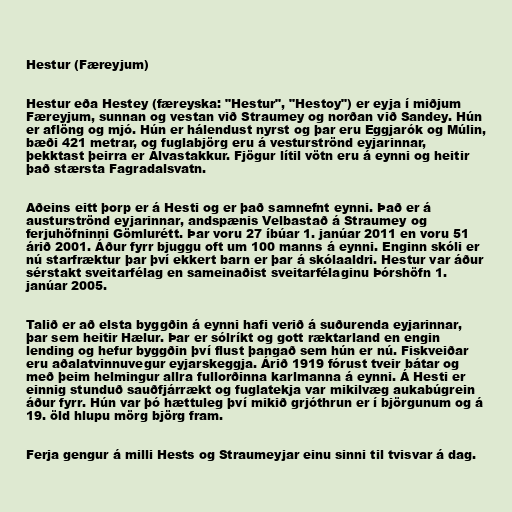
Hestur (Færeyjum)

Hestur eða Hestey (færeyska: "Hestur", "Hestoy") er eyja í miðjum
Færeyjum, sunnan og vestan við Straumey og norðan við Sandey. Hún
er aflöng og mjó. Hún er hálendust nyrst og þar eru Eggjarók og Múlin,
bæði 421 metrar, og fuglabjörg eru á vesturströnd eyjarinnar,
þekktast þeirra er Álvastakkur. Fjögur lítil vötn eru á eynni og heitir
það stærsta Fagradalsvatn.

Aðeins eitt þorp er á Hesti og er það samnefnt eynni. Það er á
austurströnd eyjarinnar, andspænis Velbastað á Straumey og
ferjuhöfninni Gömlurétt. Þar voru 27 íbúar 1. janúar 2011 en voru 51
árið 2001. Áður fyrr bjuggu oft um 100 manns á eynni. Enginn skóli er
nú starfræktur þar því ekkert barn er þar á skólaaldri. Hestur var áður
sérstakt sveitarfélag en sameinaðist sveitarfélaginu Þórshöfn 1.
janúar 2005.

Talið er að elsta byggðin á eynni hafi verið á suðurenda eyjarinnar,
þar sem heitir Hælur. Þar er sólríkt og gott ræktarland en engin
lending og hefur byggðin því flust þangað sem hún er nú. Fiskveiðar
eru aðalatvinnuvegur eyjarskeggja. Árið 1919 fórust tveir bátar og
með þeim helmingur allra fullorðinna karlmanna á eynni. Á Hesti er
einnig stunduð sauðfjárrækt og fuglatekja var mikilvæg aukabúgrein
áður fyrr. Hún var þó hættuleg því mikið grjóthrun er í björgunum og á
19. öld hlupu mörg björg fram.

Ferja gengur á milli Hests og Straumeyjar einu sinni til tvisvar á dag.